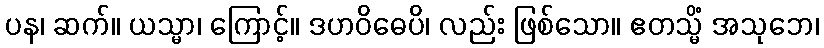
ပန၊ ဆက်။ ယသ္မာ၊ ကြောင့်။ ဒဟဝိဓေပိ၊ လည်း ဖြစ်သော။ ဧတသ္မိံ အသုဘေ၊